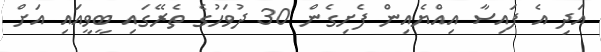
އަދި އެ ފައިސާ އިއްޔެއިން ފެށިގެން 30 ދުވަހުގެ ތެރޭގައި ބީވީއައި އަށް